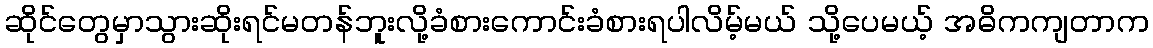
ဆိုင်တွေမှာသွားဆိုးရင်မတန်ဘူးလို့ခံစားကောင်းခံစားရပါလိမ့်မယ် သို့ပေမယ့် အဓိကကျတာက